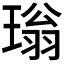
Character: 𮴫